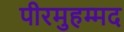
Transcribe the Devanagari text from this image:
पीरमुहम्मद